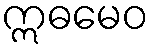
ဣဓမေဝ